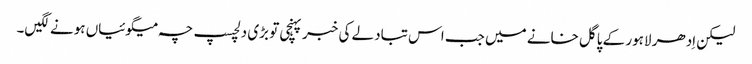
لیکن اِدھر لاہور کے پاگل خانے میں جب اس تبادلے کی خبر پہنچی تو بڑی دلچسپ چہ میگوئیاں ہونے لگیں۔